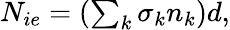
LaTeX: \begin{array}{r}{N_{ie}=\left(\sum_{k}\sigma_{k}n_{k}\right)d,}\end{array}